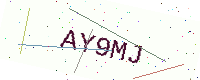
Text: AY9MJ